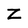
Character: Z